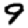
Digit: 9